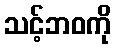
သင့်ဘဝကို